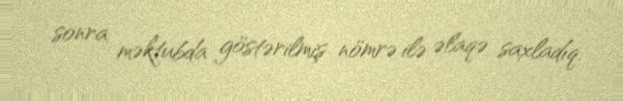
sonra məktubda göstərilmiş nömrə ilə əlaqə saxladıq.